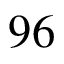
9 6